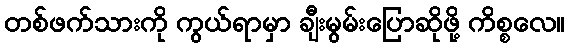
တစ်ဖက်သားကို ကွယ်ရာမှာ ချီးမွမ်းပြောဆိုဖို့ ကိစ္စလေ။